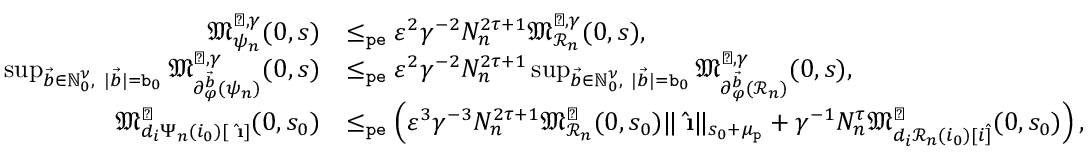
\begin{array} { r l } { \mathfrak { M } _ { \psi _ { n } } ^ { \sharp , \gamma } ( 0 , s ) } & { \le _ { \mathtt { p e } } \varepsilon ^ { 2 } \gamma ^ { - 2 } N _ { n } ^ { 2 \tau + 1 } \mathfrak { M } _ { \mathcal { R } _ { n } } ^ { \sharp , \gamma } ( 0 , s ) , } \\ { \operatorname* { s u p } _ { \vec { b } \in \mathbb { N } _ { 0 } ^ { \nu } , \ | \vec { b } | = \mathtt { b } _ { 0 } } \mathfrak { M } _ { \partial _ { \varphi } ^ { \vec { b } } ( \psi _ { n } ) } ^ { \sharp , \gamma } ( 0 , s ) } & { \le _ { \mathtt { p e } } \varepsilon ^ { 2 } \gamma ^ { - 2 } N _ { n } ^ { 2 \tau + 1 } \operatorname* { s u p } _ { \vec { b } \in \mathbb { N } _ { 0 } ^ { \nu } , \ | \vec { b } | = \mathtt { b } _ { 0 } } \mathfrak { M } _ { \partial _ { \varphi } ^ { \vec { b } } ( \mathcal { R } _ { n } ) } ^ { \sharp , \gamma } ( 0 , s ) , } \\ { \mathfrak { M } _ { d _ { i } \Psi _ { n } ( i _ { 0 } ) [ \hat { \textbf { \i } } ] } ^ { \sharp } ( 0 , s _ { 0 } ) } & { \le _ { \mathtt { p e } } \left( \varepsilon ^ { 3 } \gamma ^ { - 3 } N _ { n } ^ { 2 \tau + 1 } \mathfrak { M } _ { \mathcal { R } _ { n } } ^ { \sharp } ( 0 , s _ { 0 } ) \rVert \hat { \textbf { \i } } \rVert _ { s _ { 0 } + \mu _ { \mathtt { p } } } + \gamma ^ { - 1 } N _ { n } ^ { \tau } \mathfrak { M } _ { d _ { i } \mathcal { R } _ { n } ( i _ { 0 } ) [ i \hat { ] } } ^ { \sharp } ( 0 , s _ { 0 } ) \right) , } \end{array}